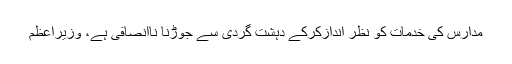
مدارس کی خدمات کو نظر اندازکرکے دہشت گردی سے جوڑنا ناانصافی ہے، وزیراعظم